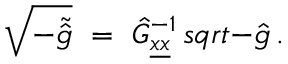
\sqrt { - \tilde { \hat { g } } } \ = \ \hat { G } _ { \underline { { { x } } } \underline { { { x } } } } ^ { - 1 } \, s q r t { - \hat { g } } \, .